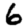
Digit: 6